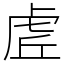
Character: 虗